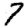
Digit: 7